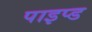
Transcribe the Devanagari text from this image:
पाइप्ड